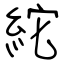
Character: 紽